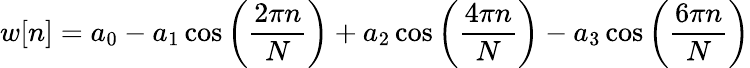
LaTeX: w[n]=a_{0}-a_{1}\cos\left({\frac{2\pi n}{N}}\right)+a_{2}\cos\left({\frac{4\pi n}{N}}\right)-a_{3}\cos\left({\frac{6\pi n}{N}}\right)